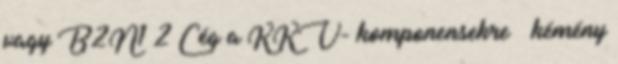
vagy B2N1 2 Cég a KKV- komponensekre – kémény